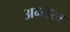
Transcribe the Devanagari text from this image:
अम्लख्